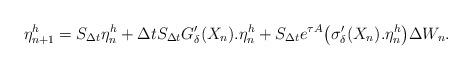
LaTeX: \begin{align*}\eta_{n+1}^{h}=S_{\Delta t}\eta_n^h+\Delta tS_{\Delta t}G_\delta'(X_n).\eta_n^h+S_{\Delta t}e^{\tau A}\bigl(\sigma_\delta'(X_n).\eta_n^h\bigr)\Delta W_n.\end{align*}